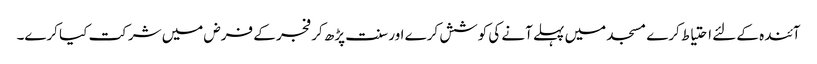
آئندہ کے لئے احتیاط کرے مسجد میں پہلے آنے کی کوشش کرے اور سنت پڑھ کر فجر کے فرض میں شرکت کیا کرے۔